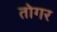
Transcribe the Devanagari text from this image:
तोगर